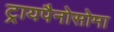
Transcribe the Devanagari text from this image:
ट्रायपैनोसोमा